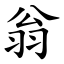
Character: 翁